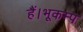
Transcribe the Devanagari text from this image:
हैं।भूकम्प